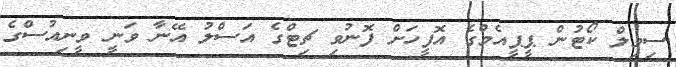
ސިވިލް ކޯޓުން ޕީޕީއެމްގެ އޮފީހަށް ފޮނުވި ޗިޓްގެ އަސްލު އޭނާ ވަނީ ވީނިއުސްގެ